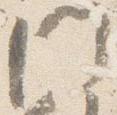
門